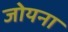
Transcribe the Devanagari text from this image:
जोयना